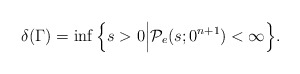
\begin{align*}\delta(\Gamma)=\inf\Big\{s>0\Big|\mathcal{P}_{e}(s;0^{n+1})<\infty\Big\}.\end{align*}